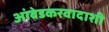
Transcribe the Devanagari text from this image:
आंबेडकरवादाशी